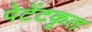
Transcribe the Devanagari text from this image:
पेटेंटकृत